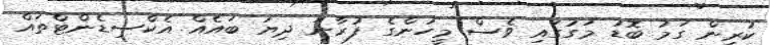
ކުރިން ގަމު ބޮޑު މަގުގައި ވެސް މީހުންގެ ފުރާނަ ދިޔަ ބައެއް އެކްސިޑެންޓްތައް